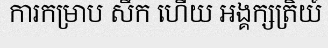
ការកម្រាប សឹក ហើយ អង្គក្សត្រិយ៍